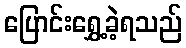
ပြောင်းရွှေ့ခဲ့ရသည်